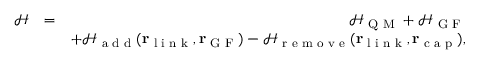
\begin{array} { r l r } { \mathscr { H } } & { = } & { \mathscr { H } _ { \textrm { Q M } } + \mathscr { H } _ { \textrm { G F } } } \\ & { } & { + \mathscr { H } _ { \textrm { a d d } } ( { \bf r } _ { \textrm { l i n k } } , { \bf r } _ { \textrm { G F } } ) - \mathscr { H } _ { \textrm { r e m o v e } } ( { \bf r } _ { \textrm { l i n k } } , { \bf r } _ { \textrm { c a p } } ) , } \end{array}